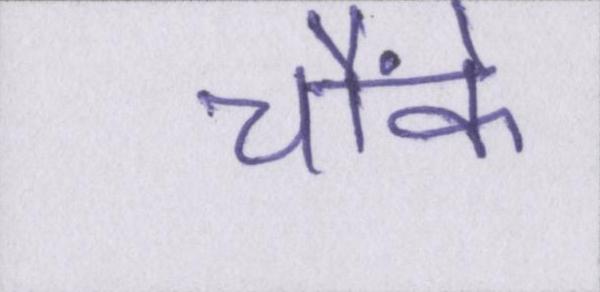
चौंके